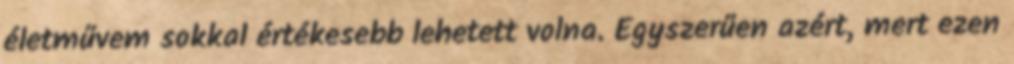
életművem sokkal értékesebb lehetett volna. Egyszerűen azért, mert ezen